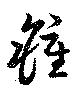
鍾